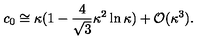
c _ { 0 } \cong \kappa ( 1 - \frac { 4 } { \sqrt { 3 } } \kappa ^ { 2 } \ln \kappa ) + { \cal O } ( \kappa ^ { 3 } ) .